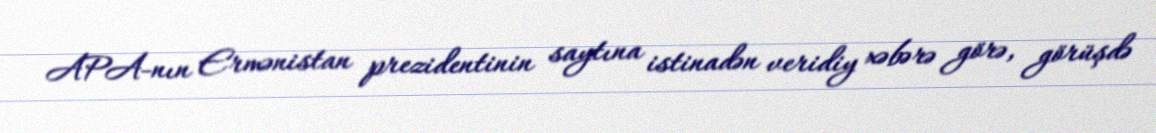
APA-nın Ermənistan prezidentinin saytına istinadən veridiy xəbərə görə, görüşdə